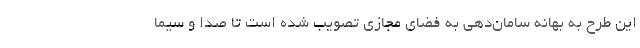
این طرح به بهانه سامان‌دهی به فضای مجازی تصویب شده است تا صدا و سیما